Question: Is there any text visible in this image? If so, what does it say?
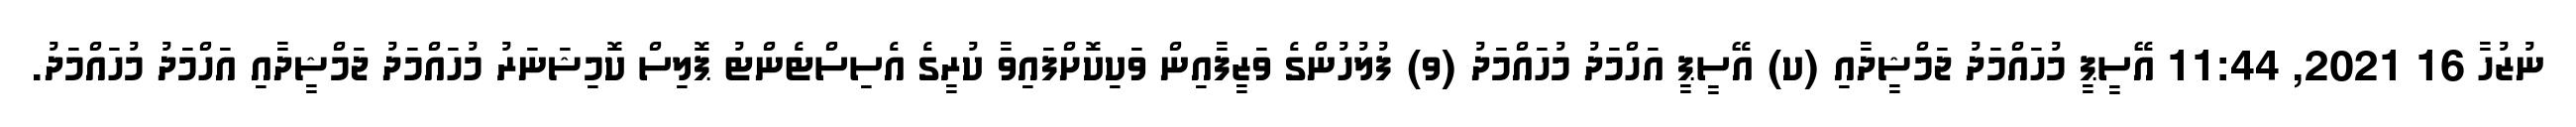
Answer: ނުޒުހާ 16 2021, 11:44 އޭސީޕީ މުހައްމަދު ޖަމްޝީދާއި (ކ) އޭސީޕީ އަހްމަދު މުހައްމަދު (ވ) ފުލުހުންގެ ވަޒީފާއިން ވަކިކޮށްފައިވާ ކުރީގެ އެސިސްޓެންޓު ޕޮލިސް ކޮމިޝަނަރު މުހައްމަދު ޖަމްޝީދާއި އަހްމަދު މުހައްމަދު.